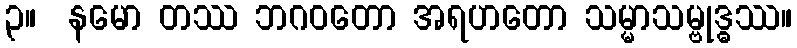
၃။  နမော တဿ ဘဂဝတော အရဟတော သမ္မာသမ္ဗုဒ္ဓဿ။